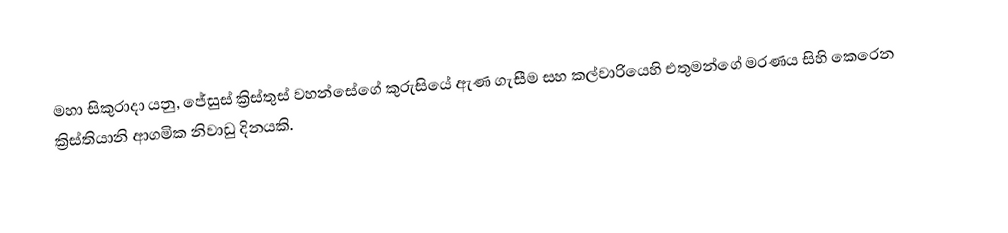
මහා සිකුරාදා යනු,  ජේසුස් ක්‍රිස්තුස් වහන්සේගේ   කුරුසියේ ඇණ ගැසීම සහ කල්වාරියෙහි එතුමන්ගේ මරණය සිහි කෙරෙන ක්‍රිස්තියානි ආගමික නිවාඩු දිනයකි.